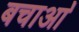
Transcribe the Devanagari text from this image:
बचाआ॓